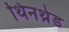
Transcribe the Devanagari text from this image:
थिनथ्रेड